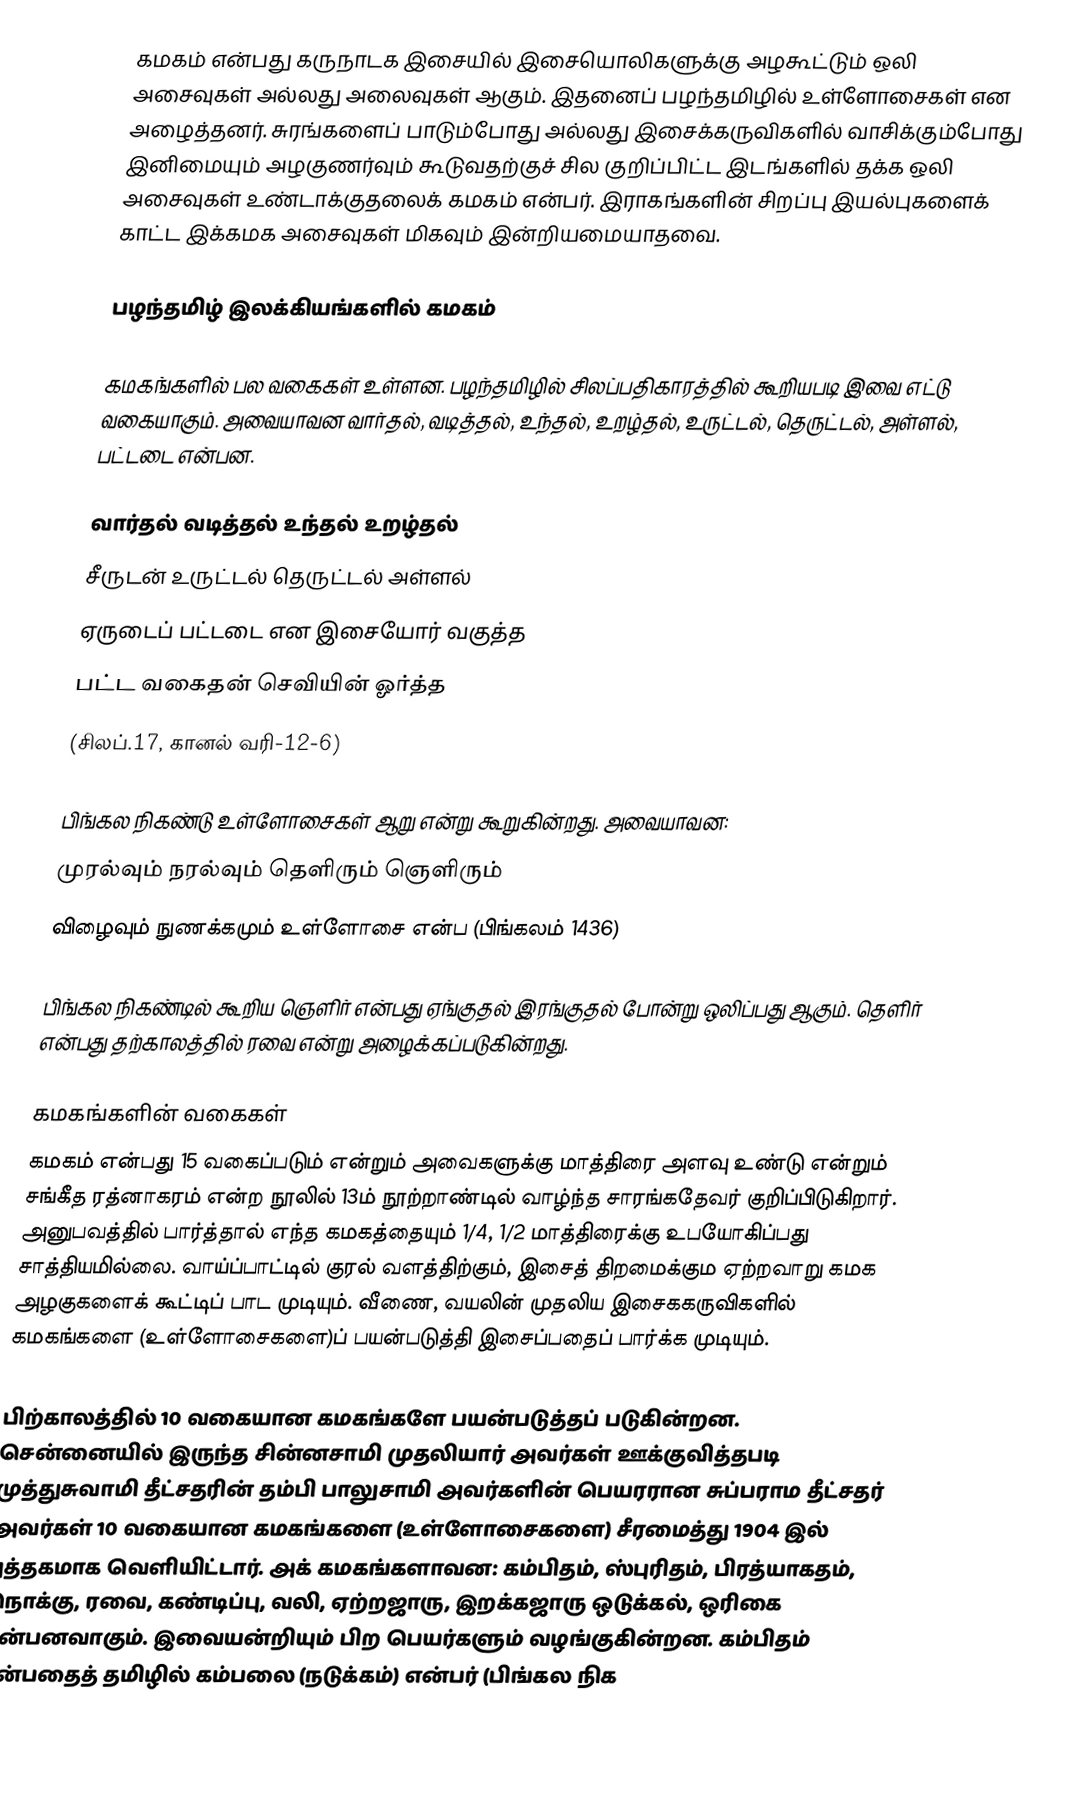
கமகம் என்பது கருநாடக இசையில் இசையொலிகளுக்கு அழகூட்டும் ஒலி அசைவுகள் அல்லது அலைவுகள் ஆகும். இதனைப் பழந்தமிழில் உள்ளோசைகள் என அழைத்தனர். சுரங்களைப் பாடும்போது அல்லது இசைக்கருவிகளில் வாசிக்கும்போது இனிமையும் அழகுணர்வும் கூடுவதற்குச் சில குறிப்பிட்ட இடங்களில் தக்க ஒலி அசைவுகள் உண்டாக்குதலைக் கமகம் என்பர். இராகங்களின் சிறப்பு இயல்புகளைக் காட்ட இக்கமக அசைவுகள் மிகவும் இன்றியமையாதவை.

பழந்தமிழ் இலக்கியங்களில் கமகம்

கமகங்களில் பல வகைகள் உள்ளன. பழந்தமிழில் சிலப்பதிகாரத்தில் கூறியபடி இவை எட்டு வகையாகும். அவையாவன வார்தல், வடித்தல், உந்தல், உறழ்தல், உருட்டல், தெருட்டல், அள்ளல், பட்டடை என்பன.

வார்தல் வடித்தல் உந்தல் உறழ்தல்
சீருடன் உருட்டல் தெருட்டல் அள்ளல்
ஏருடைப் பட்டடை என இசையோர் வகுத்த
பட்ட வகைதன் செவியின் ஓர்த்த
(சிலப்.17, கானல் வரி-12-6)

பிங்கல நிகண்டு உள்ளோசைகள் ஆறு என்று கூறுகின்றது. அவையாவன:
முரல்வும் நரல்வும் தெளிரும் ஞெளிரும்
விழைவும் நுணக்கமும் உள்ளோசை என்ப (பிங்கலம் 1436)

பிங்கல நிகண்டில் கூறிய ஞெளிர் என்பது ஏங்குதல் இரங்குதல் போன்று ஒலிப்பது ஆகும். தெளிர் என்பது தற்காலத்தில் ரவை என்று அழைக்கப்படுகின்றது.

கமகங்களின் வகைகள்
கமகம் என்பது 15 வகைப்படும் என்றும் அவைகளுக்கு மாத்திரை அளவு உண்டு என்றும் சங்கீத ரத்னாகரம் என்ற நூலில் 13ம் நூற்றாண்டில் வாழ்ந்த சாரங்கதேவர் குறிப்பிடுகிறார். அனுபவத்தில் பார்த்தால் எந்த கமகத்தையும் 1/4, 1/2 மாத்திரைக்கு உபயோகிப்பது சாத்தியமில்லை. வாய்ப்பாட்டில் குரல் வளத்திற்கும், இசைத் திறமைக்கும ஏற்றவாறு கமக அழகுகளைக் கூட்டிப் பாட முடியும். வீணை, வயலின் முதலிய இசைககருவிகளில் கமகங்களை (உள்ளோசைகளை)ப் பயன்படுத்தி இசைப்பதைப் பார்க்க முடியும்.

பிற்காலத்தில் 10 வகையான கமகங்களே பயன்படுத்தப் படுகின்றன. சென்னையில் இருந்த சின்னசாமி முதலியார் அவர்கள் ஊக்குவித்தபடி முத்துசுவாமி தீட்சதரின் தம்பி பாலுசாமி அவர்களின் பெயரரான சுப்பராம தீட்சதர் அவர்கள் 10 வகையான கமகங்களை (உள்ளோசைகளை) சீரமைத்து 1904 இல் புத்தகமாக வெளியிட்டார். அக் கமகங்களாவன: கம்பிதம், ஸ்புரிதம், பிரத்யாகதம்,  நொக்கு, ரவை, கண்டிப்பு, வலி, ஏற்றஜாரு, இறக்கஜாரு ஒடுக்கல், ஒரிகை என்பனவாகும். இவையன்றியும் பிற பெயர்களும் வழங்குகின்றன. கம்பிதம் என்பதைத் தமிழில் கம்பலை (நடுக்கம்) என்பர் (பிங்கல நிக